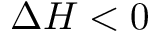
\Delta H < 0